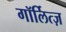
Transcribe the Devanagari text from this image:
गॉर्लित्ज़